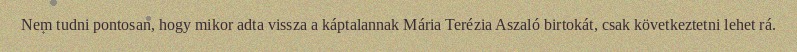
Nem tudni pontosan, hogy mikor adta vissza a káptalannak Mária Terézia Aszaló birtokát, csak következtetni lehet rá.